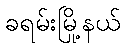
ခရမ်းမြို့နယ်